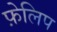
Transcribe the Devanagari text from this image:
फ़ेलिप